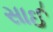
સાઈ